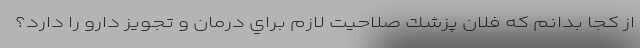
از كجا بدانم كه فلان پزشك صلاحيت لازم براي درمان و تجويز دارو را دارد؟